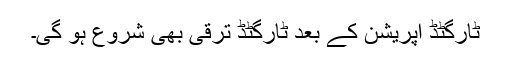
ٹارگٹڈ آپریشن کے بعد ٹارگٹڈ ترقی بھی شروع ہو گی۔